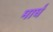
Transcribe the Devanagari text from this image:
मार्घ